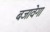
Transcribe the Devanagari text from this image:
बजावेगा